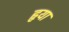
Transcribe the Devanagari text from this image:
हृया